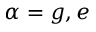
\alpha = g , e